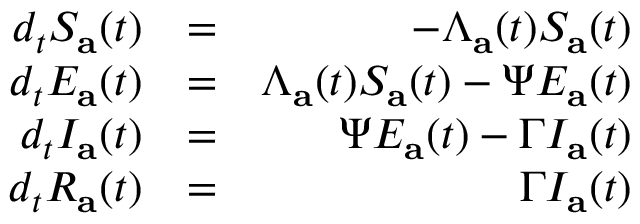
\begin{array} { r l r } { d _ { t } S _ { \mathbf { a } } ( t ) } & { = } & { - \Lambda _ { \mathbf { a } } ( t ) S _ { \mathbf { a } } ( t ) } \\ { d _ { t } E _ { \mathbf { a } } ( t ) } & { = } & { \Lambda _ { \mathbf { a } } ( t ) S _ { \mathbf { a } } ( t ) - \Psi E _ { \mathbf { a } } ( t ) } \\ { d _ { t } I _ { \mathbf { a } } ( t ) } & { = } & { \Psi E _ { \mathbf { a } } ( t ) - \Gamma I _ { \mathbf { a } } ( t ) } \\ { d _ { t } R _ { \mathbf { a } } ( t ) } & { = } & { \Gamma I _ { \mathbf { a } } ( t ) } \end{array}